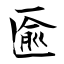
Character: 匬